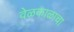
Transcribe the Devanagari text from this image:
वेळकाळाचा